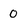
Character: 0